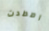
اصطدت